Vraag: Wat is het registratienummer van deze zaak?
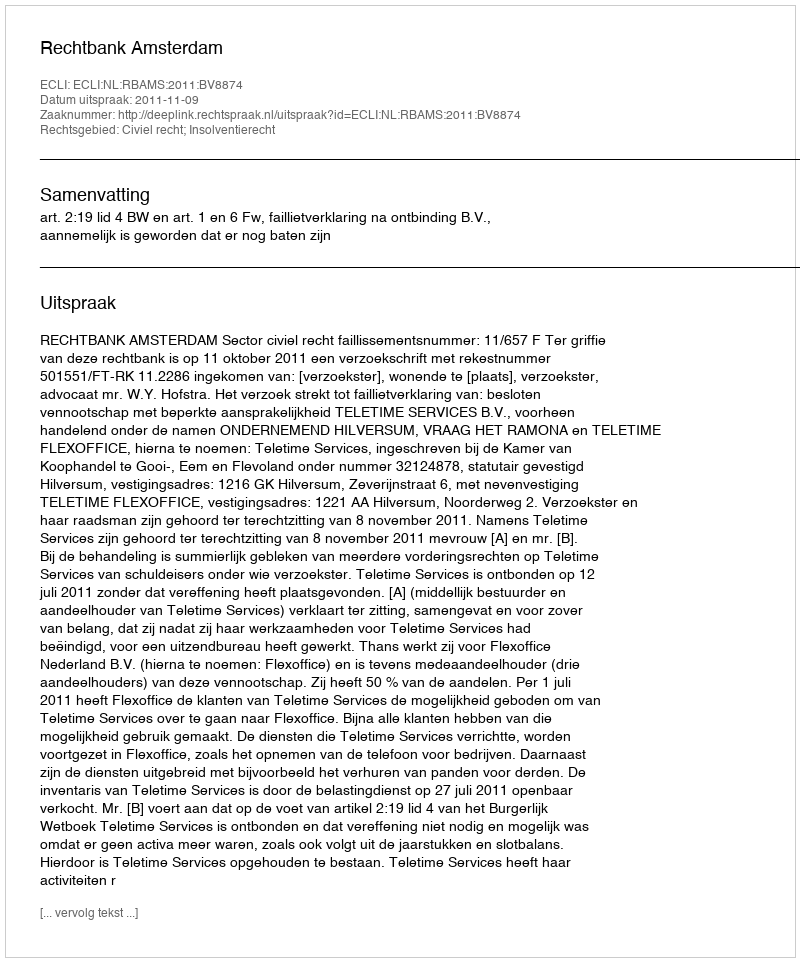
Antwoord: http://deeplink.rechtspraak.nl/uitspraak?id=ECLI:NL:RBAMS:2011:BV8874